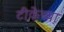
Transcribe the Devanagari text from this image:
टीकेच्या